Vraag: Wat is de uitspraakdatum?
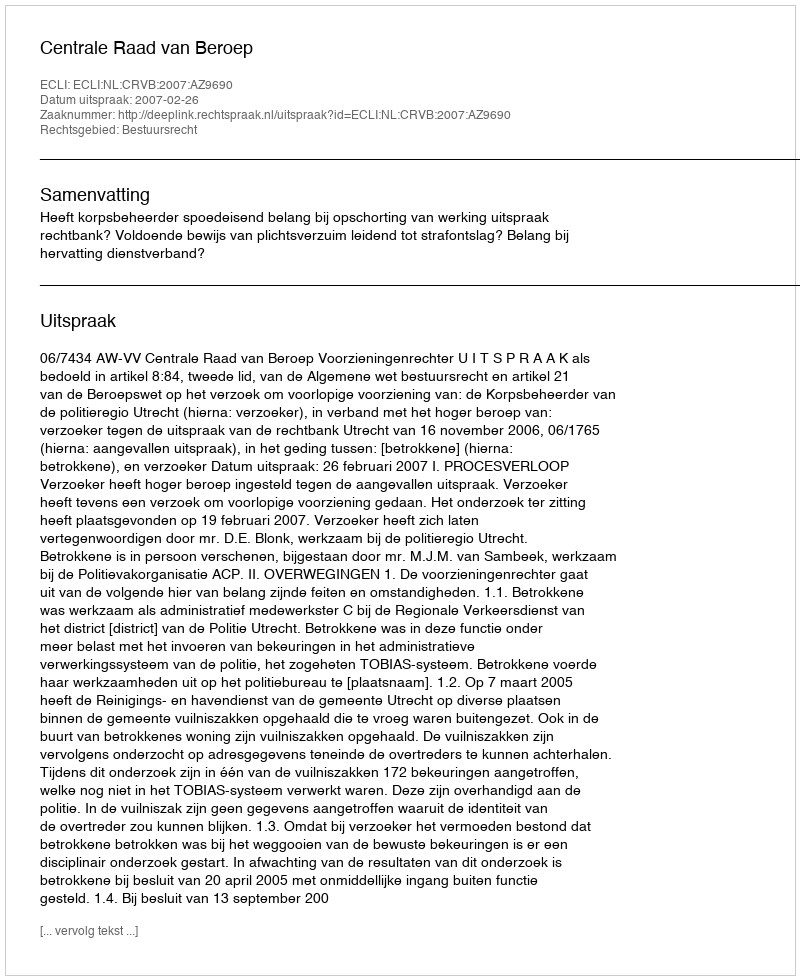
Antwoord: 2007-02-26